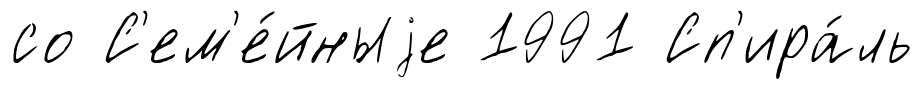
со С'ем'е́йныjе 1991 Сп'ира́ль